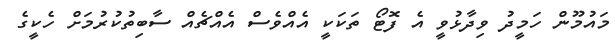
މައުމޫން ހަމީދު ވިދާޅުވީ އެ ފޮޓޯ ތަކަކީ އެއްވެސް އެއްޗެއް ސާބިތުކުރުމަށް ހެކީގެ